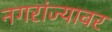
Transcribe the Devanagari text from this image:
नगरांज्यावर